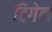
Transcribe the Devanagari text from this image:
टिगेन